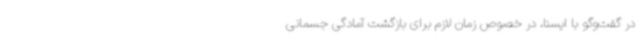
در گفت‌وگو با ایسنا، در خصوص زمان لازم برای بازگشت آمادگی جسمانی